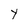
Character: Y